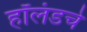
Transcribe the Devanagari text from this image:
हॉलंडचे